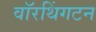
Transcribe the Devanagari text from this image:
वॉरथिंगटन